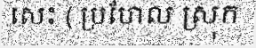
សេះ ( ប្រហែល ស្រុក